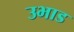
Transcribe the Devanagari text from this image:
उभाड